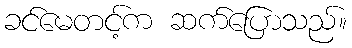
ခင်မေတင့်က ဆက်ပြောသည်။